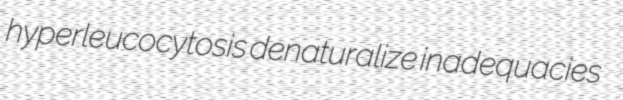
hyperleucocytosis denaturalize inadequacies